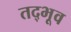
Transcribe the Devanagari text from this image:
तद्भूव